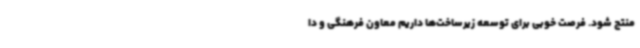
منتج شود. فرصت خوبی برای توسعه زیرساخت‌ها داریم معاون فرهنگی و دا